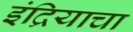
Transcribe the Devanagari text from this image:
इंद्रियाचा